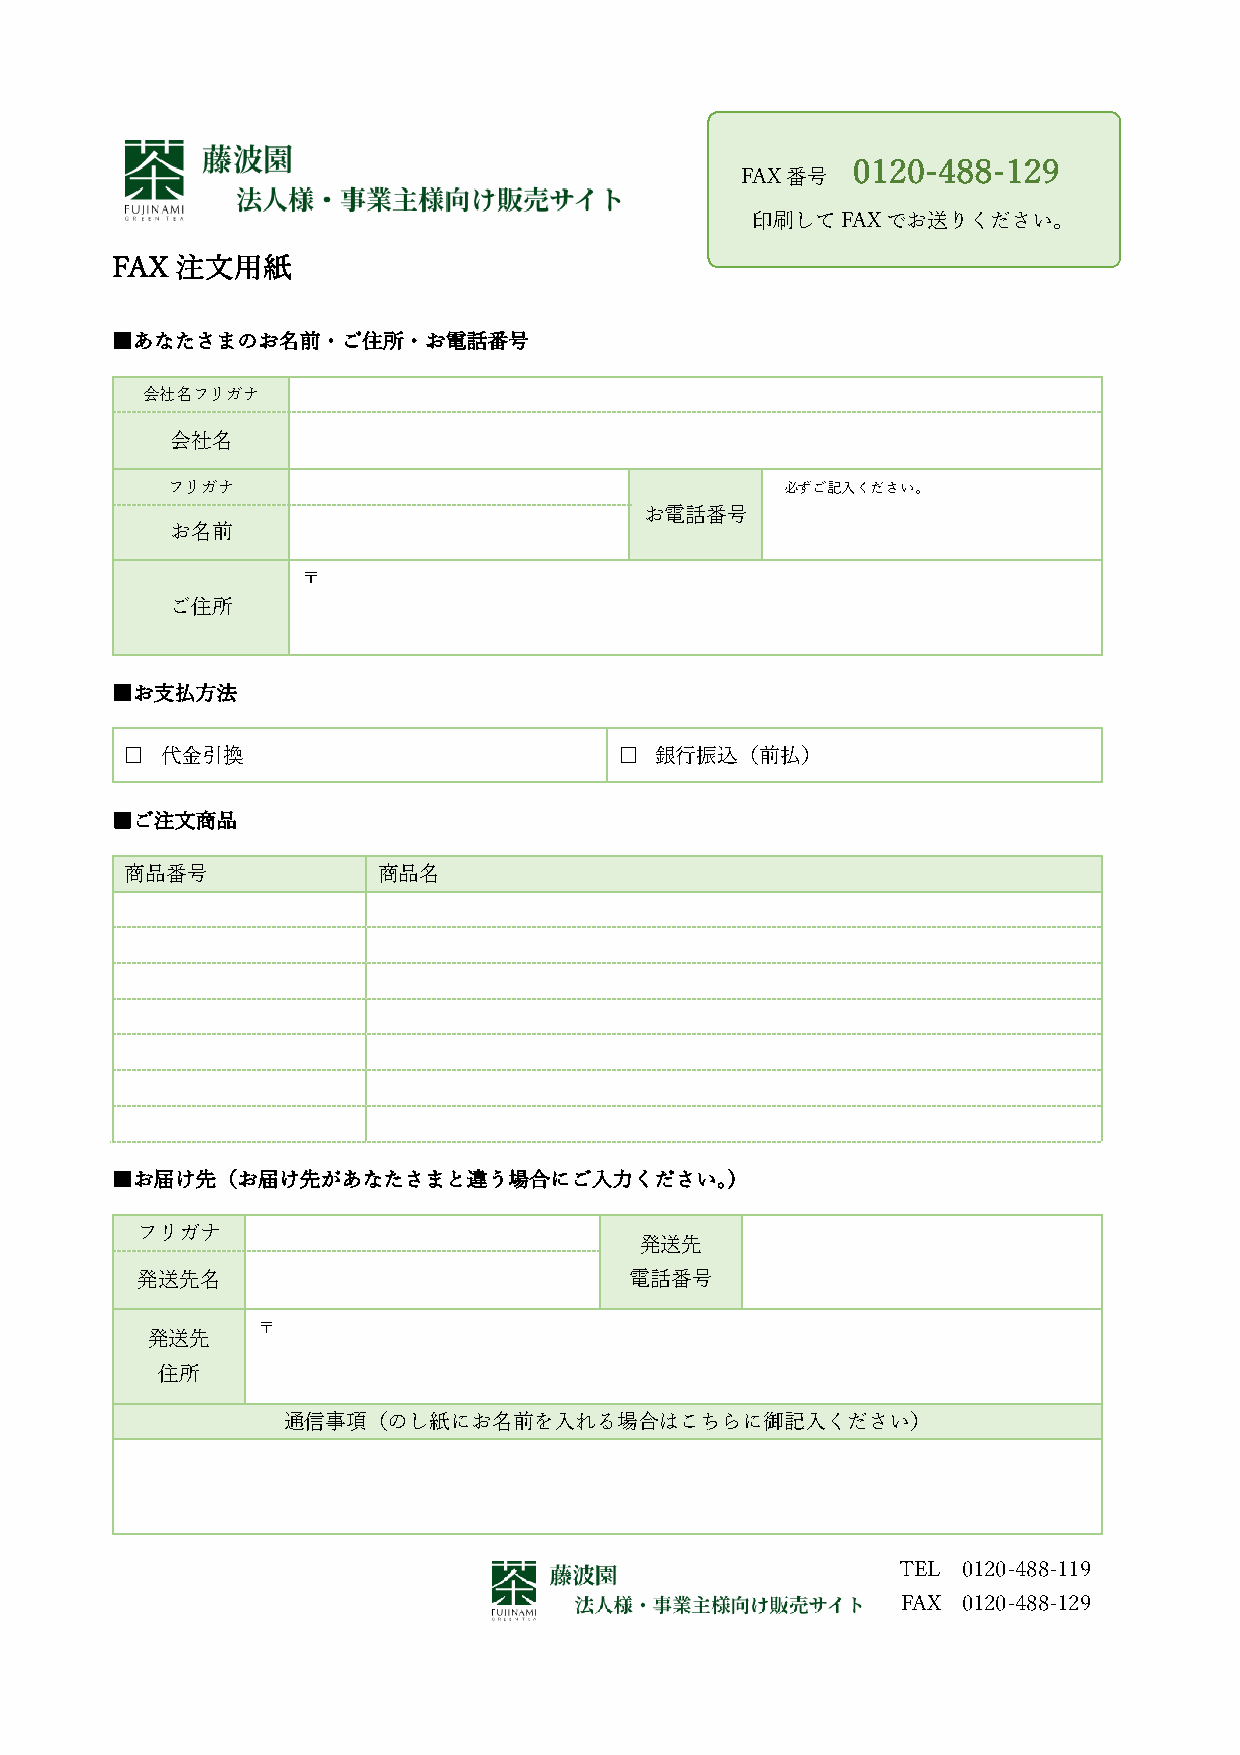
0120-488-129
 FAX番号
 印刷してFAXでお送りください。
 FAX  注⽂⽤紙
 ■あなたさまのお名前・ご住所・お電話番号
 会社名フリガナ
 会社名
 フリガナ                                     必ずご記⼊ください。
 お電話番号
 お名前
 〒
 ご住所
 ■お⽀払⽅法
 □  代⾦引換                          □ 銀⾏振込（前払）
 ■ご注⽂商品
 商品番号             商品名
 ■お届け先（お届け先があなたさまと違う場合にご⼊⼒ください。）
 フリガナ
 発送先
 発送先名                             電話番号
 〒
 発送先
 住所
 通信事項（のし紙にお名前を⼊れる場合はこちらに御記⼊ください）
 TEL  0120-488-119
 FAX 0120-488-129